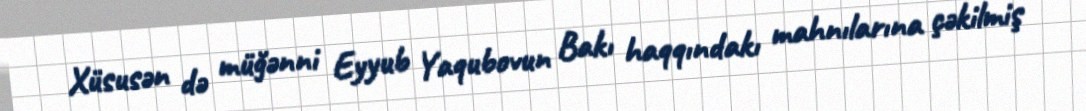
Xüsusən də müğənni Eyyub Yaqubovun Bakı haqqındakı mahnılarına çəkilmiş